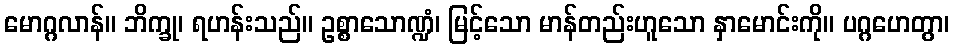
မောဂ္ဂလာန်။ ဘိက္ခု၊ ရဟန်းသည်။ ဥစ္စာသောဏ္ဍံ၊ မြင့်သော မာန်တည်းဟူသော နှာမောင်းကို။ ပဂ္ဂဟေတွာ၊